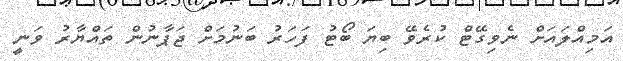
އަމިއްލައަށް ނެވިގޭޓް ކުރެވޭ ބިޔަ ބޯޓު ފަހަރު ބަނުމަށް ޖަޕާނުން ތައްޔާރު ވަނީ